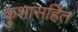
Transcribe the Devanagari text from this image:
कुशांसहित